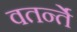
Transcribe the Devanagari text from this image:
वतर्न्ते